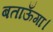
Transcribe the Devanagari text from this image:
बताऊँगा।